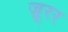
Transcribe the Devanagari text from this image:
ज़ूरर